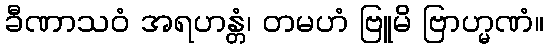
ခီဏာသဝံ အရဟန္တံ၊ တမဟံ ဗြူမိ ဗြာဟ္မဏံ။